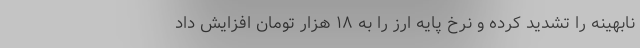
نابهینه را تشدید کرده و نرخ پایه ارز را به ۱۸ هزار تومان افزایش داد